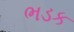
ભડક